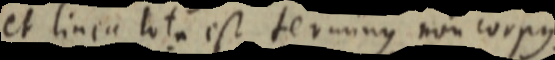
et linea tota est terminus non corpus